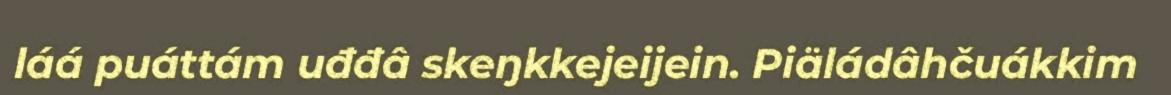
láá puáttám uđđâ skeŋkkejeijein. Piäládâhčuákkim